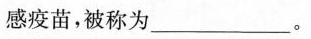
感疫苗，被称为______。